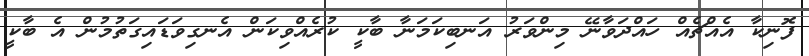
ފޮނިކާ އެއްޗެއް ހައްދަވާނޭ މިންވަރު އަނބިކަމަނާ ބާކީ ކުރެއްވިކަން އެނގިވަޑައިގަތުމުން އެ ބާކީ